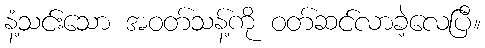
နံ့သင်းသော အဝတ်သန့်ကို ဝတ်ဆင်လာခဲ့လေပြီ။